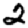
Digit: 2